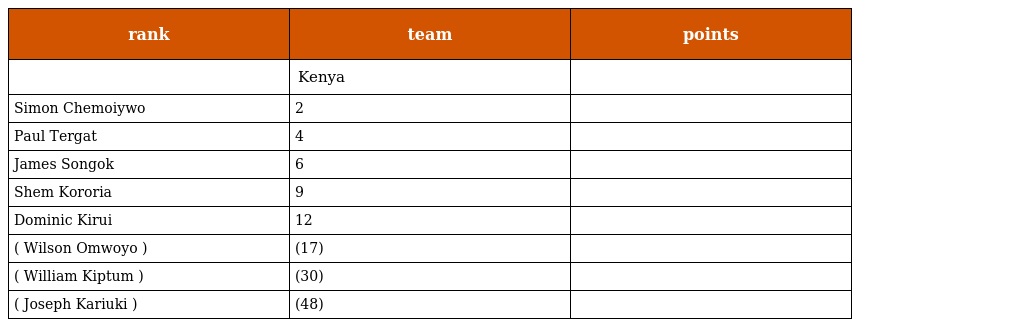
| rank | team | points |
 | --- | --- | --- |
 |  | Kenya |  |
 | Simon Chemoiywo | 2 |  |
 | Paul Tergat | 4 |  |
 | James Songok | 6 |  |
 | Shem Kororia | 9 |  |
 | Dominic Kirui | 12 |  |
 | ( Wilson Omwoyo ) | (17) |  |
 | ( William Kiptum ) | (30) |  |
 | ( Joseph Kariuki ) | (48) |  |